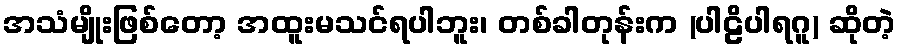
အသံမျိုးဖြစ်တော့ အထူးမသင်ရပါဘူး၊ တစ်ခါတုန်းက (ပါဠိပါရဂူ) ဆိုတဲ့